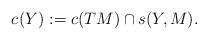
LaTeX: \begin{align*}c_{}(Y):=c(TM)\cap s(Y,M).\end{align*}